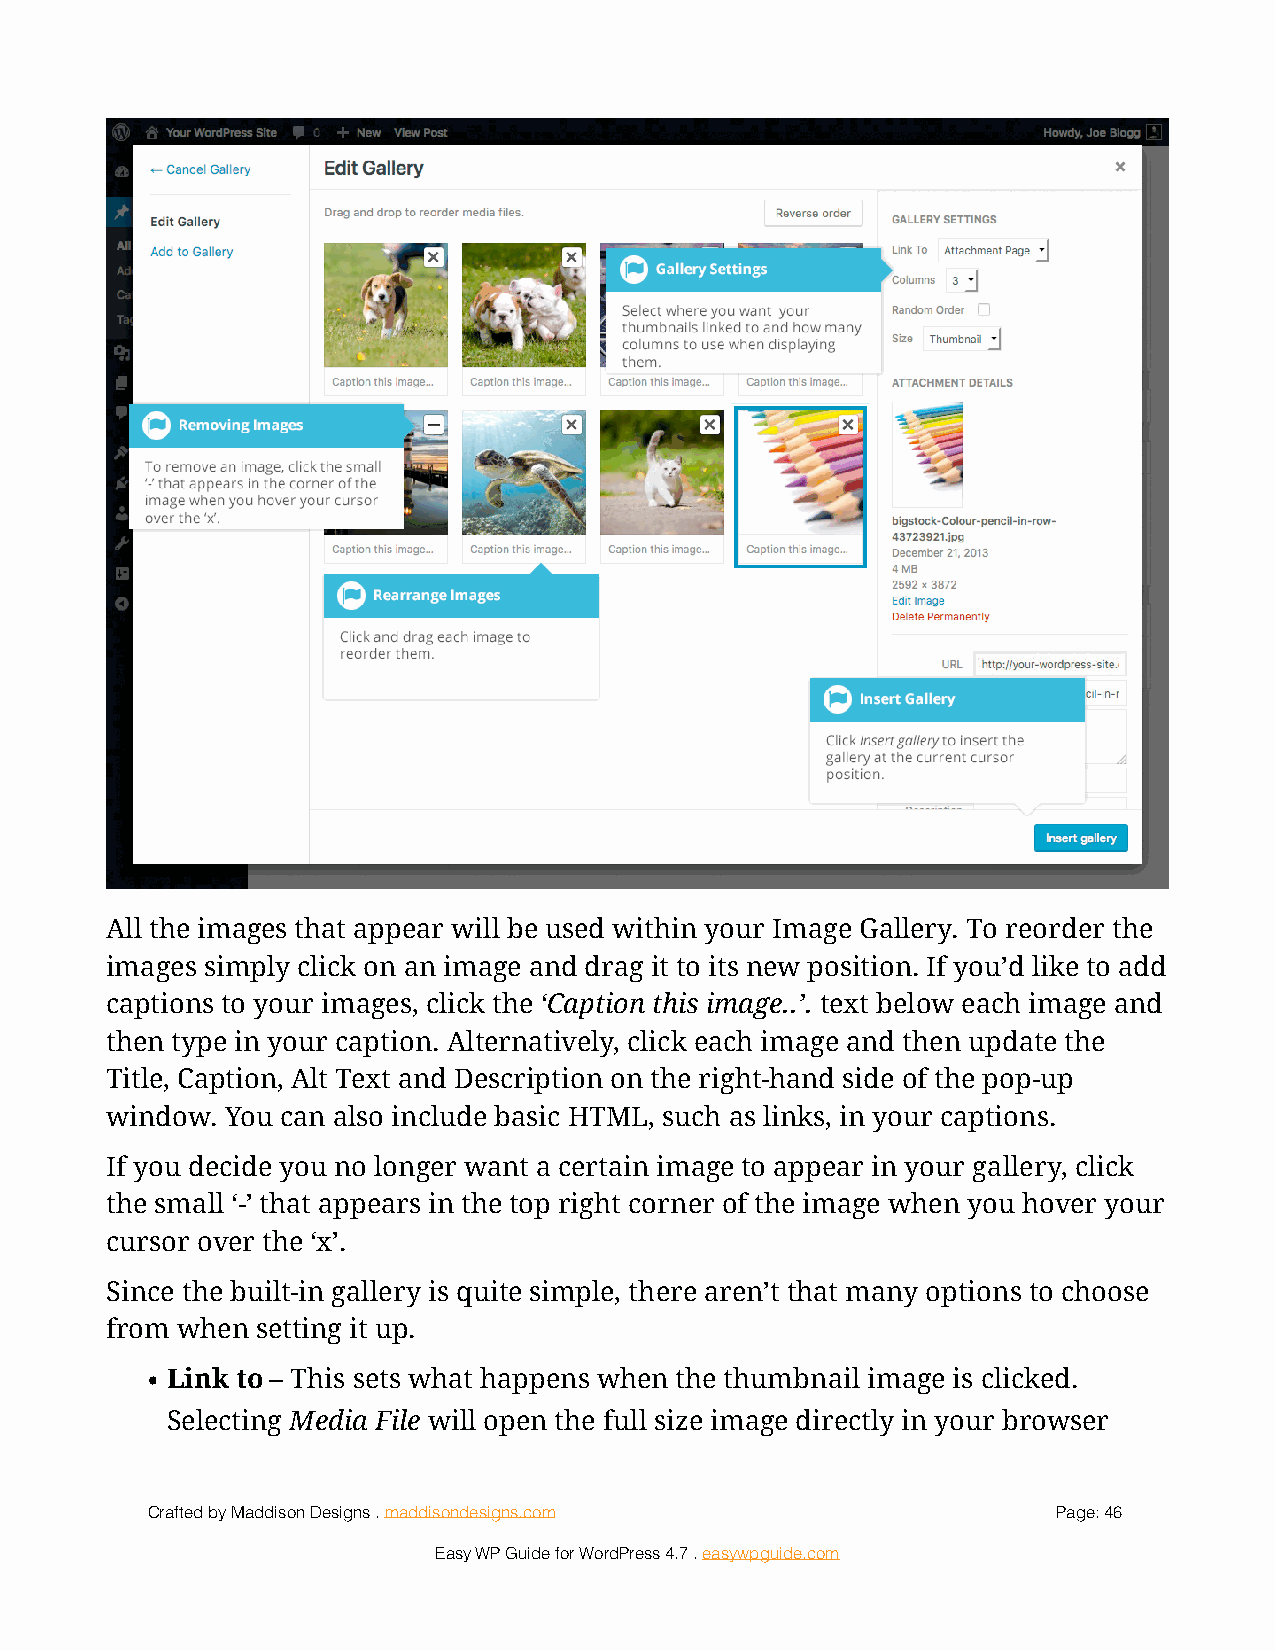
!
 All the images that appear will be used within your Image Gallery. To reorder the
 images simply click on an image and drag it to its new position. If you’d like to add
 captions to your images, click the ‘Caption this image..’. text below each image and
 then type in your caption. Alternatively, click each image and then update the
 Title, Caption, Alt Text and Description on the right-hand side of the pop-up
 window. You can also include basic HTML, such as links, in your captions.
 If you decide you no longer want a certain image to appear in your gallery, click
 the small ‘-’ that appears in the top right corner of the image when you hover your
 cursor over the ‘x’.
 Since the built-in gallery is quite simple, there aren’t that many options to choose
 from when setting it up.
 • Link to – This sets what happens when the thumbnail image is clicked.
 Selecting Media File will open the full size image directly in your browser
 Crafted by Maddison Designs . maddisondesigns.com           Page: 4 6
 Easy WP Guide for WordPress 4.7 . easywpguide.com